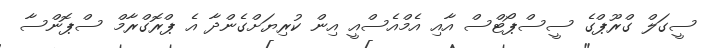
ސީގަލް ގްރޫޕްގެ ސީސްޕޯޓްސް އާއި އެމްއެސްއީ އިން ކުރިޔަށްގެންދާ އެ ޕްރޮގްރާމް ސްޕޮންސާ